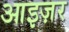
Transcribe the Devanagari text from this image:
आइज़र